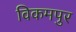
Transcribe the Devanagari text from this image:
विकमपुर